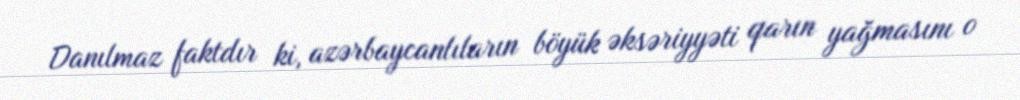
Danılmaz faktdır ki, azərbaycanlıların böyük əksəriyyəti qarın yağmasını o